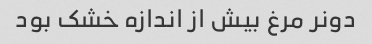
دونر مرغ بیش از اندازه خشک بود